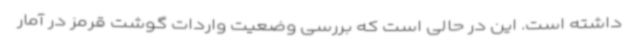
داشته است. این در حالی است که بررسی وضعیت واردات گوشت قرمز در آمار